Indian journal of veterinary science and animal husbandry - Volumes 22-23, 1952-1953
Year: 1952
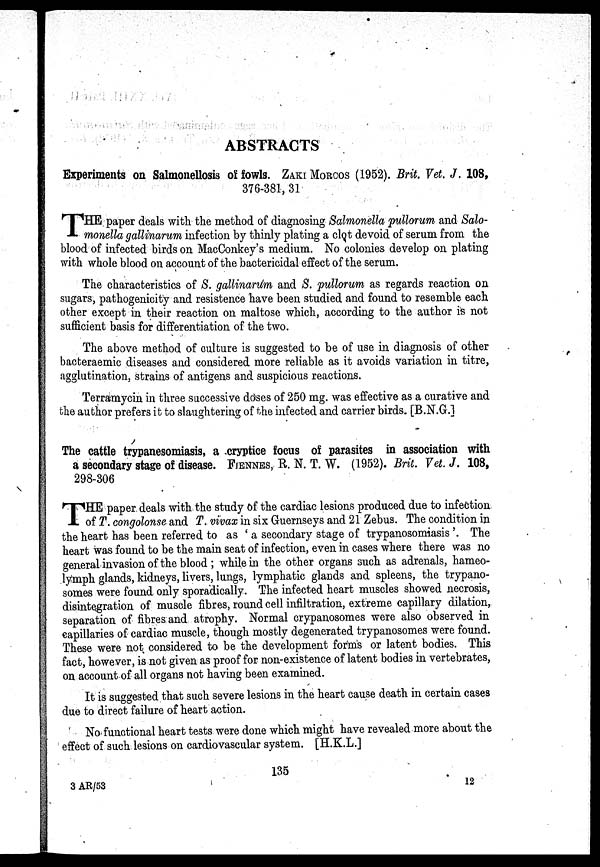
ABSTRACTS
Experiments on Salmonellosis of fowls. ZAKI MORCOS (1952). Brit. Vet. J. 108,
376-381, 31
THE paper deals with the method of diagnosing Salmonella pullorum and Salo-
monella gallinarum infection by thinly plating a clot devoid of serum from the
blood of infected birds on MacConkey's medium. No colonies develop on plating
with whole blood on account of the bactericidal effect of the serum.
The characteristics of S. gallinarum and S. pullorum as regards reaction on
sugars, pathogenicity and resistence have been studied and found to resemble each
other except in their reaction on maltose which, according to the author is not
sufficient basis for differentiation of the two.
The above method of culture is suggested to be of use in diagnosis of other
bacteraemic diseases and considered more reliable as it avoids variation in titre,
agglutination, strains of antigens and suspicious reactions.
Terramycin in three successive doses of 250 mg. was effective as a curative and
the author prefers it to slaughtering of the infected and carrier birds. [B.N.G.]
The cattle trypanesomiasis, a cryptice focus of parasites in association with
a secondary stage of disease. FIENNES, R. N. T. W. (1952). Brit. Vet. J. 108,
298-306
T HE paper deals with the study of the cardiac lesions produced due to infection
of T. congolonse and T. vivax in six Guernseys and 21 Zebus. The condition in
the heart has been referred to as ' a secondary stage of trypanosomiasis '. The
heart was found to be the main seat of infection, even in cases where there was no
general invasion of the blood ; while in the other organs such as adrenals, hameo-
lymph glands, kidneys, livers, lungs, lymphatic glands and spleens, the trypano-
somes were found only sporadically. The infected heart muscles showed necrosis,
disintegration of muscle fibres, round cell infiltration, extreme capillary dilation,
separation of fibres and atrophy. Normal crypanosomes were also observed in
capillaries of cardiac muscle, though mostly degenerated trypanosomes were found.
These were not considered to be the development forms or latent bodies. This
fact, however, is not given as proof for non-existence of latent bodies in vertebrates,
on account of all organs not having been examined.
It is suggested that such severe lesions in the heart cause death in certain cases
due to direct failure of heart action.
No functional heart tests were done which might have revealed more about the
effect of such lesions on cardiovascular system. [H.K.L.]
135
3 AR/53
12